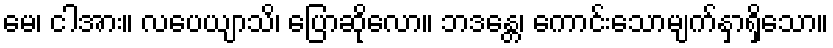
မေ၊ ငါအား။ လပေယျာသိ၊ ပြောဆိုလော။ ဘဒန္တေ၊ ကောင်းသောမျက်နှာရှိသော။